Anatomy and histology of ticks - Number 23
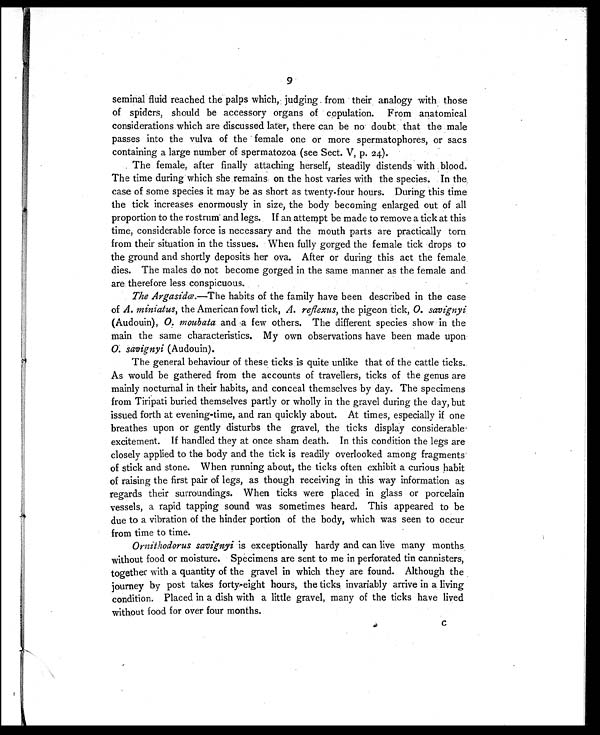
9
seminal fluid reached the palps which, judging from their analogy with those
of spiders, should be accessory organs of copulation. From anatomical
considerations which are discussed later, there can be no doubt that the male
passes into the vulva of the female one or more spermatophores, or sacs
containing a large number of spermatozoa (see Sect. V, p. 24).
The female, after finally attaching herself, steadily distends with blood.
The time during which she remains on the host varies with the species. In the
case of some species it may be as short as twenty-four hours. During this time
the tick increases enormously in size, the body becoming enlarged out of all
proportion to the rostrum and legs. If an attempt be made to remove a tick at this
time, considerable force is necessary and the mouth parts are practically torn
from their situation in the tissues. When fully gorged the female tick drops to
the ground and shortly deposits her ova. After or during this act the female
dies. The males do not become gorged in the same manner as the female and
are therefore less conspicuous.
The Argasidæ.—The habits of the family have been described in the case
of A. miniatus, the American fowl tick, A. reflexus,the pigeon tick,O. savignyi
(Audouin), O. moubata and a few others. The different species show in the
main the same characteristics. My own observations have been made upon
O. savignyi (Audouin).
The general behaviour of these ticks is quite unlike that of the cattle ticks.
As would be gathered from the accounts of travellers, ticks of the genus are
mainly nocturnal in their habits, and conceal themselves by day. The specimens
from Tiripati buried themselves partly or wholly in the gravel during the day, but
issued forth at evening-time, and ran quickly about. At times, especially if one
breathes upon or gently disturbs the gravel, the ticks display considerable
excitement. If handled they at once sham death. In this condition the legs are
closely applied to the body and the tick is readily overlooked among fragments
of stick and stone. When running about, the ticks often exhibit a curious habit
of raising the first pair of legs, as though receiving in this way information as
regards their surroundings. When ticks were placed in glass or porcelain
vessels, a rapid tapping sound was sometimes heard. This appeared to be
due to a vibration of the hinder portion of the body, which was seen to occur
from time to time.
Ornithodorus savignyi is exceptionally hardy and can live many months
without food or moisture. Specimens are sent to me in perforated tin cannisters,
together with a quantity of the gravel in which they are found. Although the
journey by post takes forty-eight hours, the ticks invariably arrive in a living
condition. Placed in a dish with a little gravel, many of the ticks have lived
without food for over four months.
C